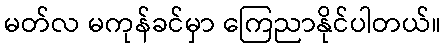
မတ်လ မကုန်ခင်မှာ ကြေညာနိုင်ပါတယ်။